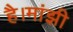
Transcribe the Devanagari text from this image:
है।मांझी